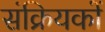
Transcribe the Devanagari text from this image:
संक्रियकों